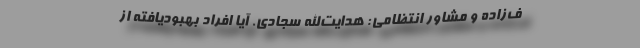
ف‌زاده و مشاور انتظامی: هدایت‌الله سجادی. آیا افراد بهبودیافته از